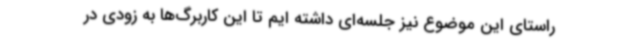
راستای این موضوع نیز جلسه‌ای داشته ایم تا این کاربرگ‌ها به زودی در